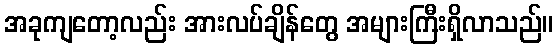
အခုကျတော့လည်း အားလပ်ချိန်တွေ အများကြီးရှိလာသည်။